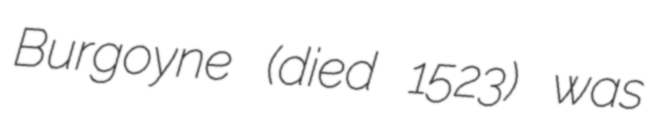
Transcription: Burgoyne (died 1523) was